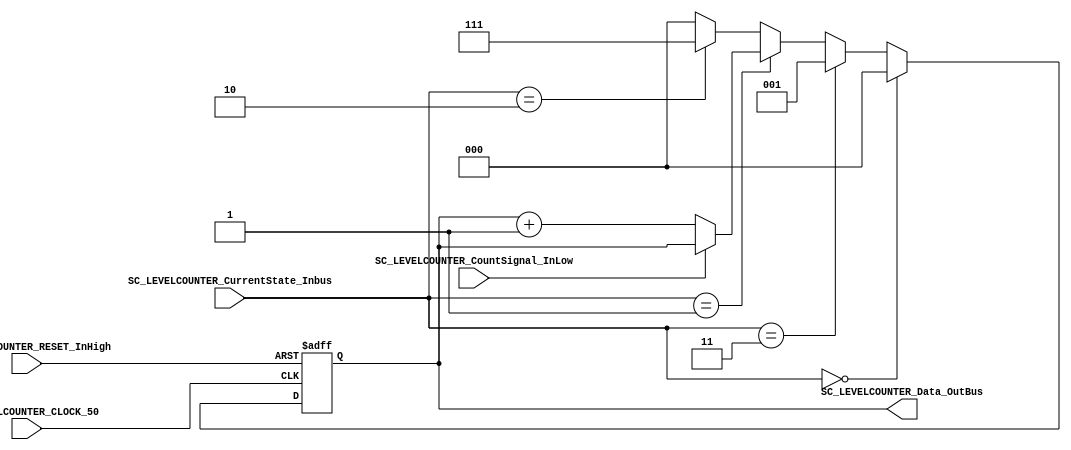
/*######################################################################
//#	G0B1T: HDL EXAMPLES. 2018.
//######################################################################
//# 
//# This program is free software: you can redistribute it and/or modify
//# it under the terms of the GNU General Public License as published by
//# the Free Software Foundation, version 3 of the License.
//#
//# This program is distributed in the hope that it will be useful,
//# but WITHOUT ANY WARRANTY; without even the implied warranty of
//# MERCHANTABILITY or FITNESS FOR A PARTICULAR PURPOSE.  See the
//# GNU General Public License for more details.
//#
//# You should have received a copy of the GNU General Public License
//# along with this program.  If not, see <http://www.gnu.org/licenses/>
//####################################################################*/
//=======================================================
//  MODULE Definition
//=======================================================

module SC_LEVELCOUNTER (
//////////// OUTPUTS //////////
	SC_LEVELCOUNTER_Data_OutBus,

//////////// INPUTS //////////
	SC_LEVELCOUNTER_CurrentState_Inbus,
	SC_LEVELCOUNTER_CountSignal_InLow,
	SC_LEVELCOUNTER_CLOCK_50,
	SC_LEVELCOUNTER_RESET_InHigh
);

//=======================================================
//  PARAMETER declarations
//=======================================================

parameter CURRENTSTATE_DATAWIDTH								= 2;
parameter LEVELCOUNTER_DATAWIDTH								= 3;

localparam STATE_AWAITSTART_0									= 0;
localparam STATE_STARTGAME_0									= 1;
localparam STATE_ENDGAME_0										= 2;
localparam STATE_AWAITSTART_1									= 3;

//=======================================================
//  PORT declarations
//=======================================================

output		[LEVELCOUNTER_DATAWIDTH-1:0] SC_LEVELCOUNTER_Data_OutBus;

input 		[CURRENTSTATE_DATAWIDTH-1:0] SC_LEVELCOUNTER_CurrentState_Inbus;
input 		SC_LEVELCOUNTER_CountSignal_InLow;
input			SC_LEVELCOUNTER_CLOCK_50;
input			SC_LEVELCOUNTER_RESET_InHigh;

//=======================================================
//  REG/WIRE declarations
//=======================================================

reg [LEVELCOUNTER_DATAWIDTH-1:0] LEVELCOUNTER_Register;
reg [LEVELCOUNTER_DATAWIDTH-1:0] LEVELCOUNTER_Signal;

//=======================================================
//  Structural coding
//=======================================================
//INPUT LOGIC: COMBINATIONAL
always @(*)
begin

	if (SC_LEVELCOUNTER_CurrentState_Inbus == STATE_AWAITSTART_0) begin
		LEVELCOUNTER_Signal = 0;
	end
	else if (SC_LEVELCOUNTER_CurrentState_Inbus == STATE_AWAITSTART_1)
		LEVELCOUNTER_Signal = 1;
	
	else if (SC_LEVELCOUNTER_CurrentState_Inbus == STATE_STARTGAME_0) begin
		if (SC_LEVELCOUNTER_CountSignal_InLow == 1'b0) begin
			LEVELCOUNTER_Signal = LEVELCOUNTER_Register + 1'b1;
		end
		else begin
			LEVELCOUNTER_Signal = LEVELCOUNTER_Register;
		end
	end
	else if (SC_LEVELCOUNTER_CurrentState_Inbus == STATE_ENDGAME_0) begin
		LEVELCOUNTER_Signal = 7;
	end
	else begin
		LEVELCOUNTER_Signal = 0;
	end

end	
//STATE REGISTER: SEQUENTIAL
always @(posedge SC_LEVELCOUNTER_CLOCK_50, posedge SC_LEVELCOUNTER_RESET_InHigh)
begin
	if (SC_LEVELCOUNTER_RESET_InHigh  == 1'b1)
		LEVELCOUNTER_Register <= 0;
	else
		LEVELCOUNTER_Register <= LEVELCOUNTER_Signal;
end

//=======================================================
//  Outputs
//=======================================================
//OUTPUT LOGIC: COMBINATIONAL
assign SC_LEVELCOUNTER_Data_OutBus = LEVELCOUNTER_Register;

endmodule